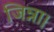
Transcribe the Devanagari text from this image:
जिन्ना।